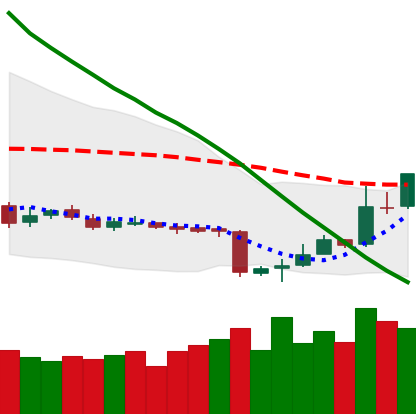
Ticker: LTC-USD
Chart end date: 2018-11-06
Forward return: -8.187%
Label: down_7plus